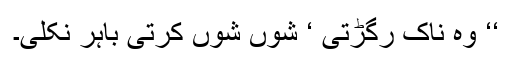
‘‘ وہ ناک رگڑتی ‘ شوں شوں کرتی باہر نکلی۔